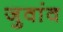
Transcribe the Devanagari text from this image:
जुवांव